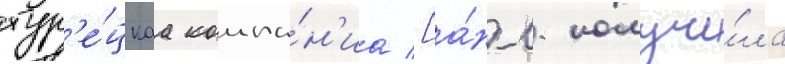
тур'е́цкаа компа́н'иа [а́нгл. получи́ла